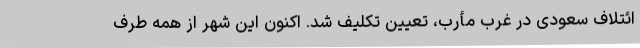
ائتلاف سعودی در غرب مأرب، تعیین‌ تکلیف شد. اکنون این شهر از همه طرف